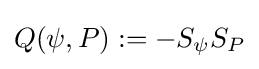
Q(\psi ,P):=-S_{\psi }S_{P}\,\!